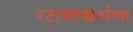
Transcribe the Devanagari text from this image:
श्टायरमार्काच्या